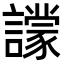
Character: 𧭙